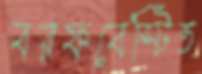
বরফবেস্টিত